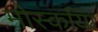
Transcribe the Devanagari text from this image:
मोर्स्काया